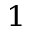
^ 1